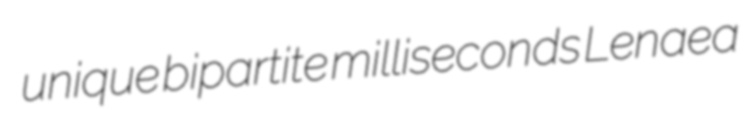
unique bipartite milliseconds Lenaea